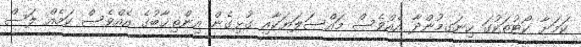
ކަމަށާ ކޯޓުތަކުގަ ހިނަގމުންދާ އެއްވެސް މައްސަލަޔަކާއި ގުޅިގެން އިންތިޚާބުގެ އެއްވެސް ކަމެއް ލަސް